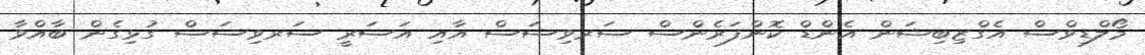
މޯލްޑިވްސް އެގްޒިބިޝަން އެންޑް ކޮންފަރެންސް ސަރވިސަސް އާއި އަސަރީ ސަރވިސަސް ގުޅިގެން ބާއްވާ